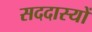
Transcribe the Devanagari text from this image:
सददास्यों